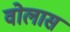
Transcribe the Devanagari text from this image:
वोलास